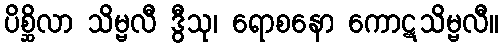
ပိစ္ဆိလာ သိမ္ဗလီ ဒွီသု၊ ရောစနော ကောဋသိမ္ဗလီ။